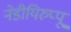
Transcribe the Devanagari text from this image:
नेडीयिरुप्पू